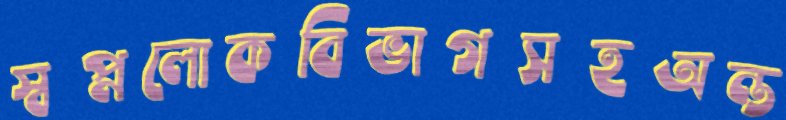
স্বপ্নলোকবিভাগসহঅন্ত